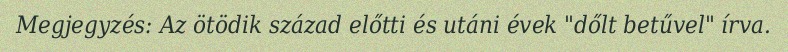
Megjegyzés: Az ötödik század előtti és utáni évek "dőlt betűvel" írva.